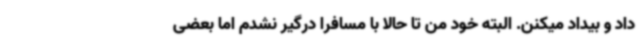
داد و بیداد میکنن. البته خود من تا حالا با مسافرا درگیر نشدم اما بعضی